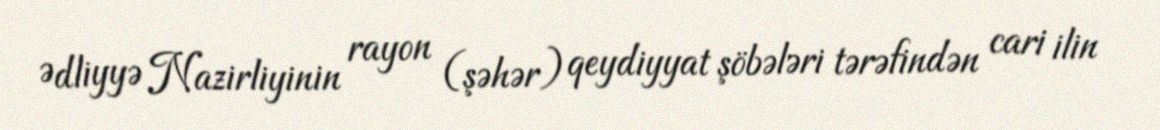
Ədliyyə Nazirliyinin rayon (şəhər) qeydiyyat şöbələri tərəfindən cari ilin